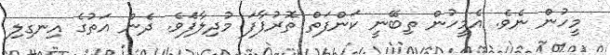
މީހުން ނެވެ. އެމީހުން ތިބޭނީ ކަންފަތް ތޮރުފާފަ މުދިލާފަަެވެ. ދެން އަތުގެ އިނގިލި